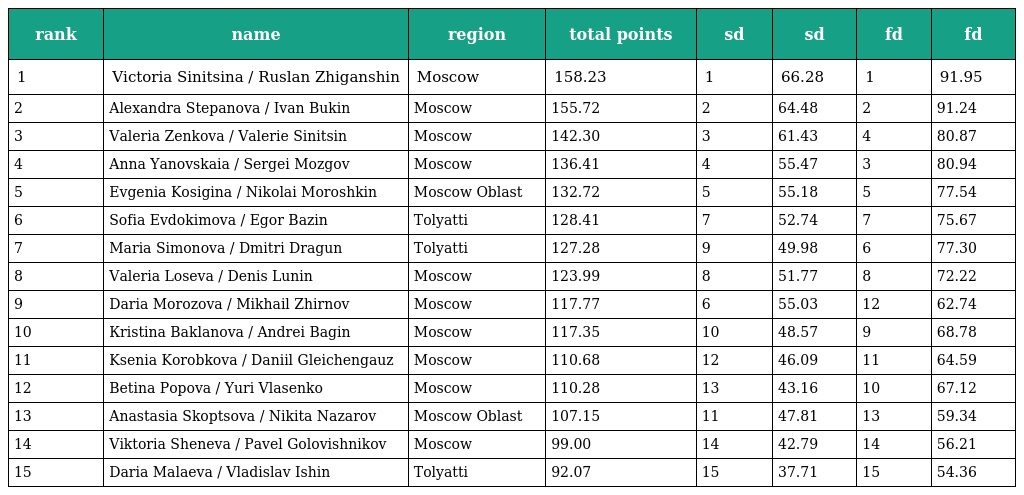
| rank | name | region | total points | sd | sd | fd | fd |
 | --- | --- | --- | --- | --- | --- | --- | --- |
 | 1 | Victoria Sinitsina / Ruslan Zhiganshin | Moscow | 158.23 | 1 | 66.28 | 1 | 91.95 |
 | 2 | Alexandra Stepanova / Ivan Bukin | Moscow | 155.72 | 2 | 64.48 | 2 | 91.24 |
 | 3 | Valeria Zenkova / Valerie Sinitsin | Moscow | 142.30 | 3 | 61.43 | 4 | 80.87 |
 | 4 | Anna Yanovskaia / Sergei Mozgov | Moscow | 136.41 | 4 | 55.47 | 3 | 80.94 |
 | 5 | Evgenia Kosigina / Nikolai Moroshkin | Moscow Oblast | 132.72 | 5 | 55.18 | 5 | 77.54 |
 | 6 | Sofia Evdokimova / Egor Bazin | Tolyatti | 128.41 | 7 | 52.74 | 7 | 75.67 |
 | 7 | Maria Simonova / Dmitri Dragun | Tolyatti | 127.28 | 9 | 49.98 | 6 | 77.30 |
 | 8 | Valeria Loseva / Denis Lunin | Moscow | 123.99 | 8 | 51.77 | 8 | 72.22 |
 | 9 | Daria Morozova / Mikhail Zhirnov | Moscow | 117.77 | 6 | 55.03 | 12 | 62.74 |
 | 10 | Кristina Baklanova / Andrei Bagin | Moscow | 117.35 | 10 | 48.57 | 9 | 68.78 |
 | 11 | Ksenia Korobkova / Daniil Gleichengauz | Moscow | 110.68 | 12 | 46.09 | 11 | 64.59 |
 | 12 | Betina Popova / Yuri Vlasenko | Moscow | 110.28 | 13 | 43.16 | 10 | 67.12 |
 | 13 | Anastasia Skoptsova / Nikita Nazarov | Moscow Oblast | 107.15 | 11 | 47.81 | 13 | 59.34 |
 | 14 | Viktoria Sheneva / Pavel Golovishnikov | Moscow | 99.00 | 14 | 42.79 | 14 | 56.21 |
 | 15 | Daria Malaeva / Vladislav Ishin | Tolyatti | 92.07 | 15 | 37.71 | 15 | 54.36 |